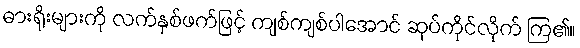
ဓားရိုးများကို လက်နှစ်ဖက်ဖြင့် ကျစ်ကျစ်ပါအောင် ဆုပ်ကိုင်လိုက် ကြ၏။